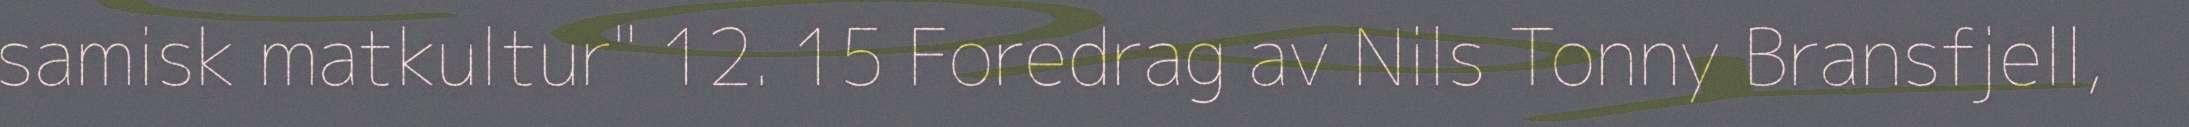
samisk matkultur" 12. 15 Foredrag av Nils Tonny Bransfjell,